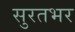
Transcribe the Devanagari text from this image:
सुरतभर